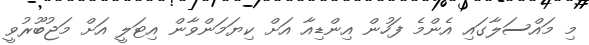
މި މައްސަލާގައި އެންމެ ފަހުން އިންޑިއާ އަށް ކިޔަމަންވާން އިޓަލީ އަށް މަޖުބޫރުވީ